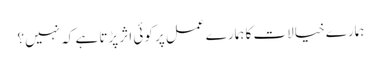
ہمارے خیالات کا ہمارے عمل پر کوئی اثر پڑتا ہے کہ نہیں؟